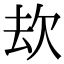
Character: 㰦